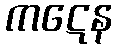
ကဋေန